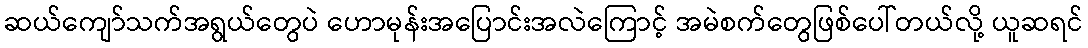
ဆယ်ကျော်သက်အရွယ်တွေပဲ ဟောမုန်းအပြောင်းအလဲကြောင့် အမဲစက်တွေဖြစ်ပေါ်တယ်လို့ ယူဆရင်